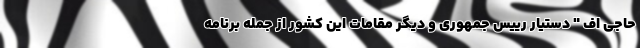
حاجی اف " دستیار رییس جمهوری و دیگر مقامات این کشور از جمله برنامه